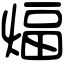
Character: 煏